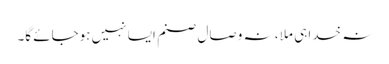
نہ خدا ہی ملا ، نہ وصال صنم ایسا نہیں ہوجائے گا۔